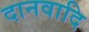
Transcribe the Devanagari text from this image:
दानवादि